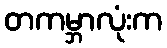
တကမ္ဘာလုံးက